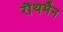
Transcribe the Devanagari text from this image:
रौथमैन